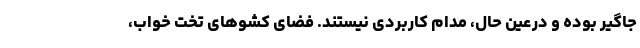
جاگیر بوده و درعین حال، مدام کاربردی نیستند. فضای کشوهای تخت خواب،